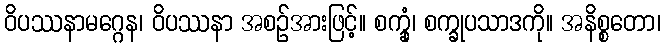
ဝိပဿနာမဂ္ဂေန၊ ဝိပဿနာ အစဉ်အားဖြင့်။ စက္ခုံ၊ စက္ခုပသာဒကို။ အနိစ္စတော၊